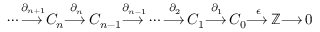
\dotsb { \overset { \partial _ { n + 1 } } { \longrightarrow \, } } C _ { n } { \overset { \partial _ { n } } { \longrightarrow \, } } C _ { n - 1 } { \overset { \partial _ { n - 1 } } { \longrightarrow \, } } \dotsb { \overset { \partial _ { 2 } } { \longrightarrow \, } } C _ { 1 } { \overset { \partial _ { 1 } } { \longrightarrow \, } } C _ { 0 } { \overset { \epsilon } { \longrightarrow \, } } \mathbb { Z } { \longrightarrow \, } 0